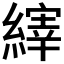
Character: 𫄀